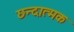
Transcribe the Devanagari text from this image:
छन्दात्मक